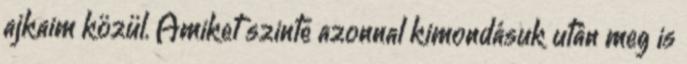
ajkaim közül. Amiket szinte azonnal kimondásuk után meg is